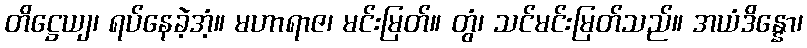
တိဋ္ဌေယျ၊ ရပ်နေခဲ့အံ့။ မဟာရာဇ၊ မင်းမြတ်။ တွံ၊ သင်မင်းမြတ်သည်။ အယံဒိန္နော၊